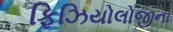
ફિઝિયોલોજીના